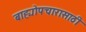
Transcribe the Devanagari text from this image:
बाह्योपचारासाठी